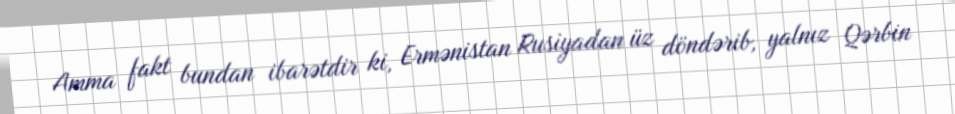
Amma fakt bundan ibarətdir ki, Ermənistan Rusiyadan üz döndərib, yalnız Qərbin